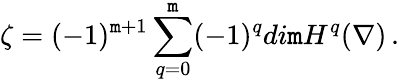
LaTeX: \zeta=(-1)^{\mathtt{m}+1}\sum_{q=0}^{\mathtt{m}}(-1)^{q}di\mathtt{m}H^{q}(\nabla)\, .